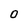
Character: 0